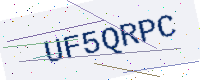
Text: UF5QRPC